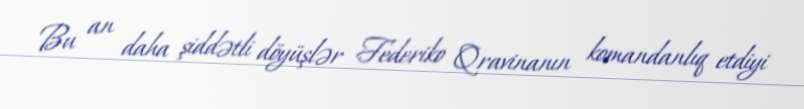
Bu an daha şiddətli döyüşlər Federiko Qravinanın komandanlıq etdiyi